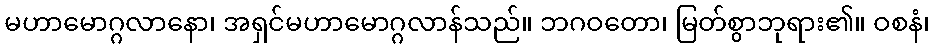
မဟာမောဂ္ဂလာနော၊ အရှင်မဟာမောဂ္ဂလာန်သည်။ ဘဂဝတော၊ မြတ်စွာဘုရား၏။ ဝစနံ၊